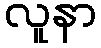
လူနာ